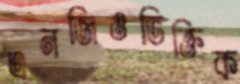
এনজিওভিক্তিক